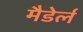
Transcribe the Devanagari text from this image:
मैडेर्ल